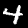
Digit: 4